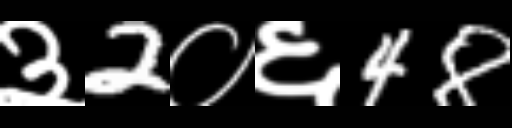
Text: ३2०६48